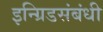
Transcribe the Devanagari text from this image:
इन्ग्रिडसंबंधी